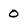
Character: 0